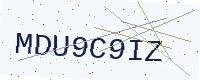
Text: MDU9C9IZ